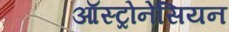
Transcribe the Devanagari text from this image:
ऑस्ट्रोनेसियन